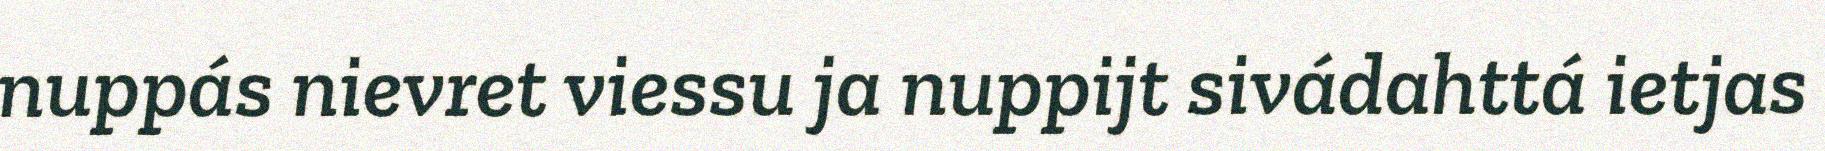
nuppás nievret viessu ja nuppijt sivádahttá ietjas